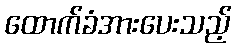
ထောက်ခံအားပေးသည့်